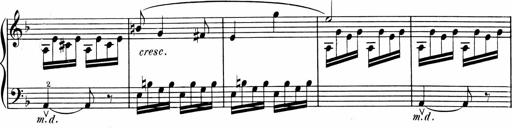
Title: 1Ã¨re Sonatine
Composer: FrÃ©dÃ©ric Binet